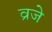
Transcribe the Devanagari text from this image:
व्रजे